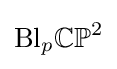
{\text{Bl}}_{p}\mathbb {CP} ^{2}